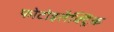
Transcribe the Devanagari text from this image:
फोटोइलैक्ट्रिक